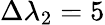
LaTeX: \Delta\lambda_{2}=5